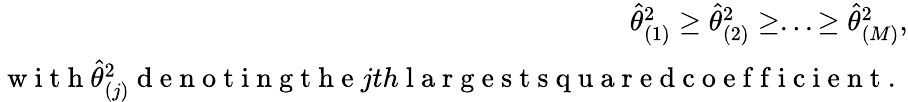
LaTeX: \begin{array}{r}{\widehat{\theta}_{(1)}^{2}\geq\widehat{\theta}_{(2)}^{2}\geq...\geq\widehat{\theta}_{(M)}^{2},}\\ {\mathrm{~w~i~t~h~}\widehat{\theta}_{(j)}^{2}\mathrm{~d~e~n~o~t~i~n~g~t~h~e~}jth\mathrm{~l~a~r~g~e~s~t~s~q~u~a~r~e~d~c~o~e~f~f~i~c~i~e~n~t~.~}}\end{array}